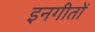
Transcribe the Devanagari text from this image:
इनगीतों